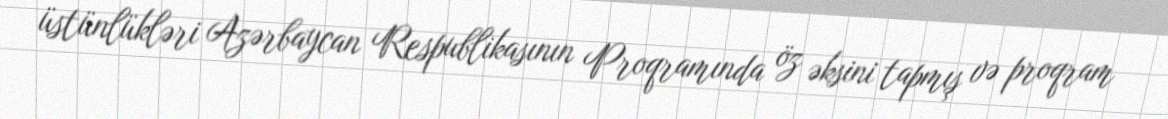
üstünlükləri Azərbaycan Respublikasının Proqramında öz əksini tapmış və proqram